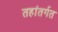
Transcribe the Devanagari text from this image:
तहांतर्गत